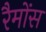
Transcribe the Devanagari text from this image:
रैमोंस